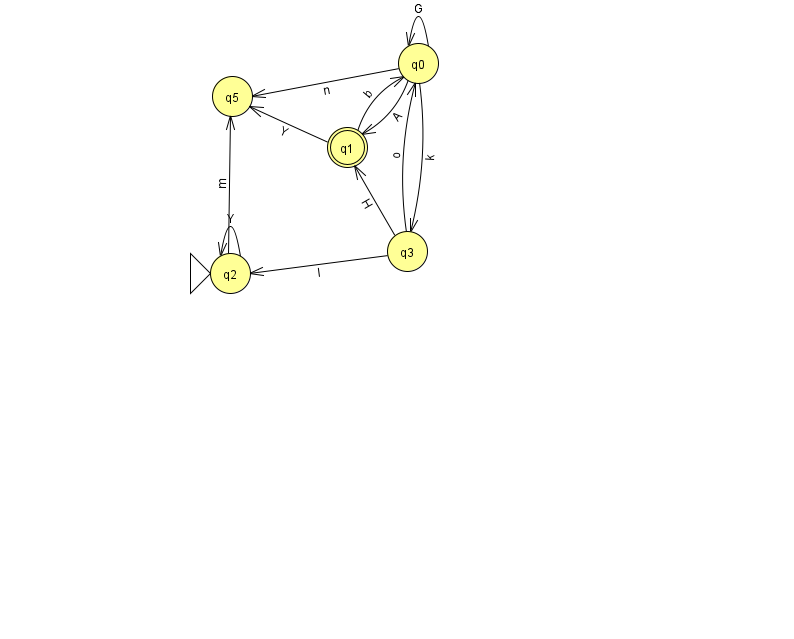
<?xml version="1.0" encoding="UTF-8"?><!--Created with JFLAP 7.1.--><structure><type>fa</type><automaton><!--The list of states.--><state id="0" name="q0"><x>418.0</x><y>50.0</y></state><state id="1" name="q1"><x>347.0</x><y>134.0</y><final/></state><state id="2" name="q2"><x>230.0</x><y>260.0</y><initial/></state><state id="3" name="q3"><x>407.0</x><y>238.0</y></state><state id="5" name="q5"><x>232.0</x><y>83.0</y></state><!--The list of transitions.--><transition><from>0</from><to>1</to><read>A</read></transition><transition><from>3</from><to>1</to><read>H</read></transition><transition><from>0</from><to>3</to><read>k</read></transition><transition><from>1</from><to>0</to><read>b</read></transition><transition><from>2</from><to>5</to><read>m</read></transition><transition><from>3</from><to>0</to><read>o</read></transition><transition><from>0</from><to>0</to><read>G</read></transition><transition><from>0</from><to>5</to><read>n</read></transition><transition><from>2</from><to>2</to><read>Y</read></transition><transition><from>3</from><to>2</to><read>l</read></transition><transition><from>1</from><to>5</to><read>Y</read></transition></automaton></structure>